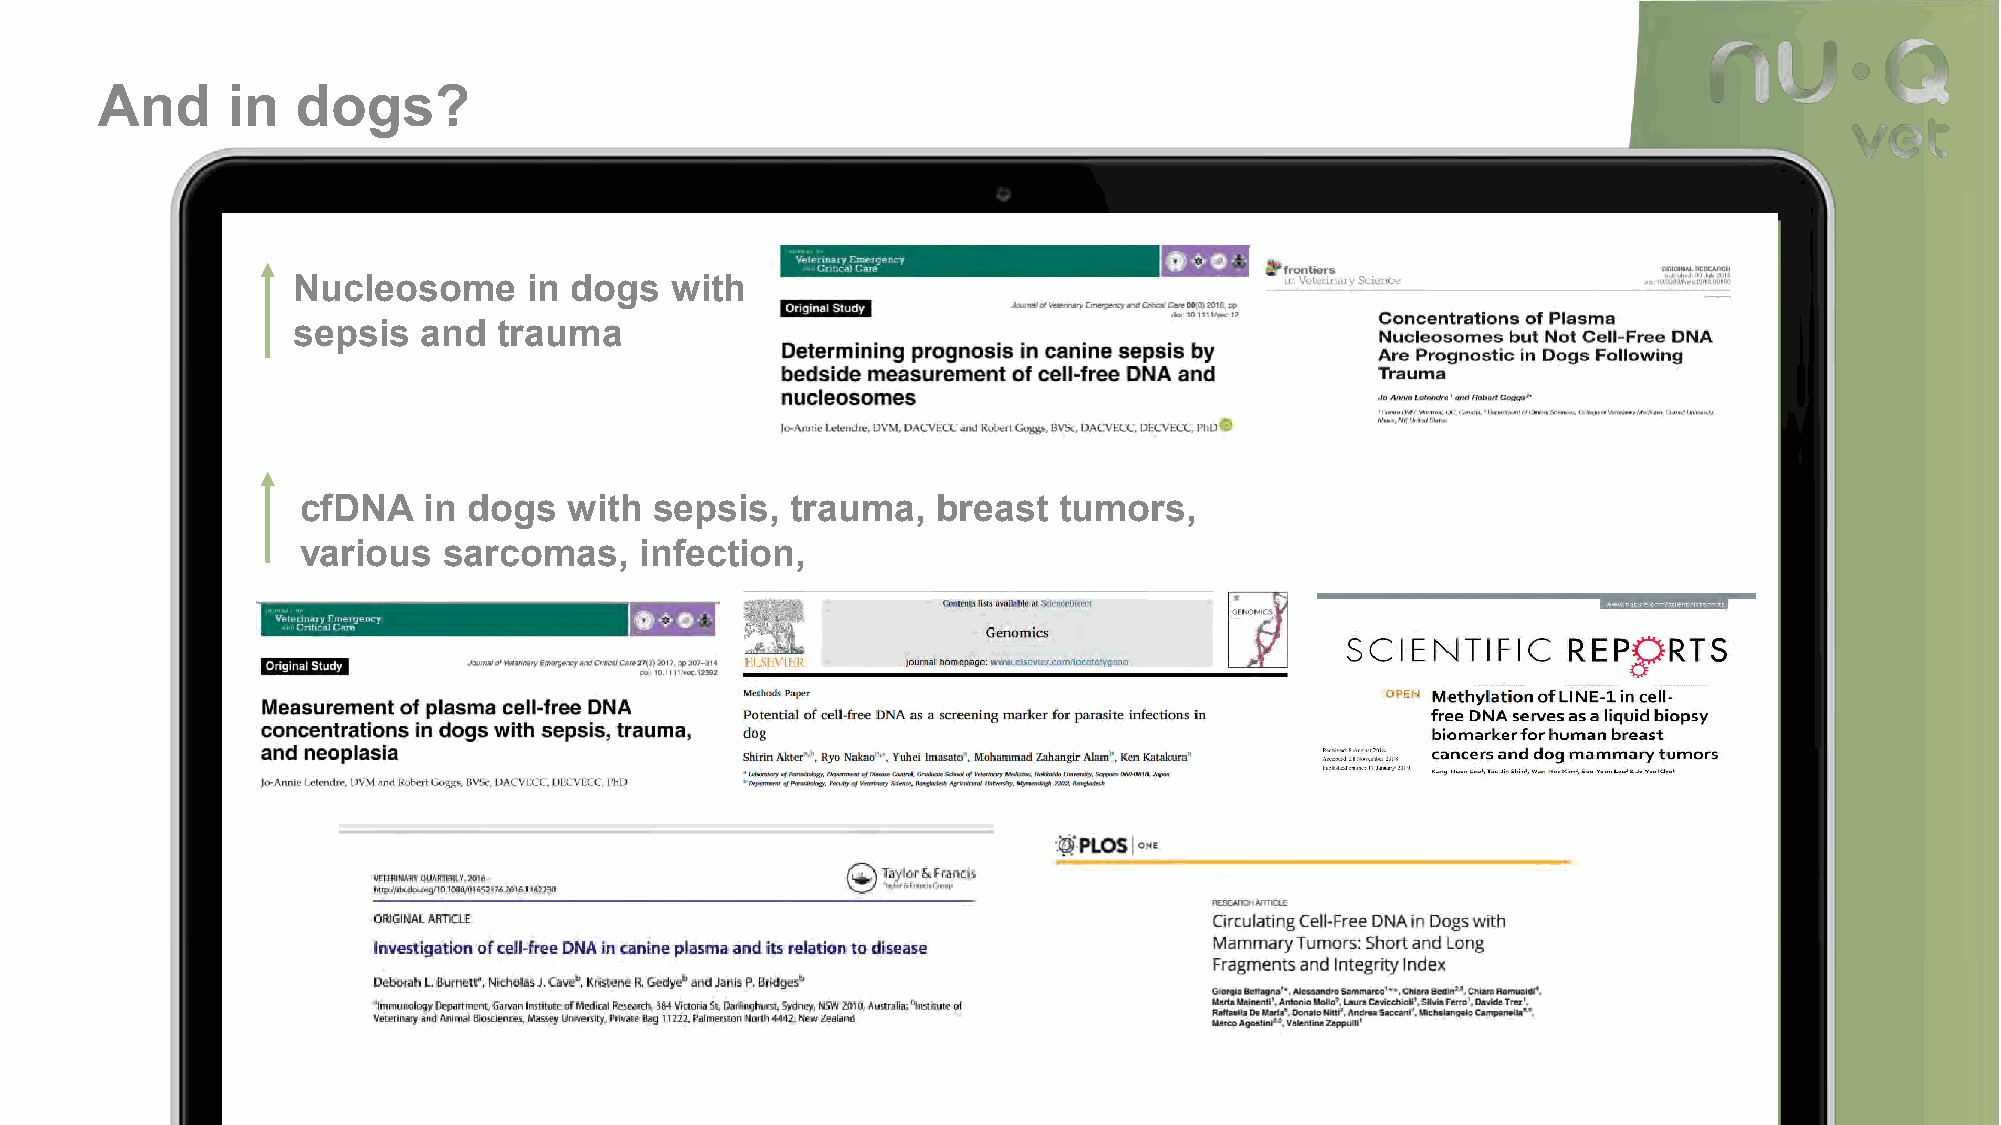
And      in   dogs?
 Nucleosome      in dogs  with
 sepsis   and  trauma
 cfDNA   in dogs   with sepsis,  trauma,   breast  tumors,
 various  sarcomas,    infection,